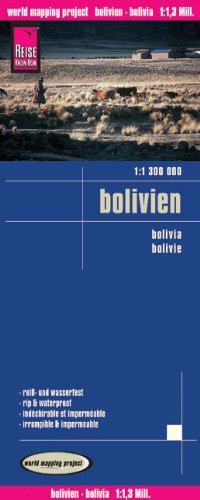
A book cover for Bolivia; Reise Know-How Verlag; Travel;